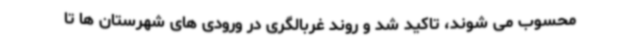
محسوب می شوند، تاکید شد و روند غربالگری در ورودی های شهرستان ها تا